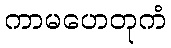
ကာမဟေတုကံ